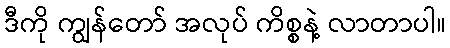
ဒီကို ကျွန်တော် အလုပ် ကိစ္စနဲ့ လာတာပါ။